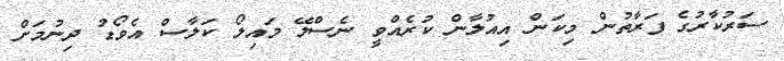
ސަރުކާރުގެ ފަރާތުން މިކަން އިއުލާން ކުރެއްވީ ނެސްލޭ މައިލޯ ކަލާސް އެވޯޑު ދިނުމަށް